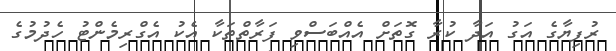
ރުފިޔާގެ އަގު އަދާ ކުރާ ގޮތަށް އެއްބަސްވި ފަރާތްތަކާ އެކު އެގްރިމެންޓު ހެދުމުގެ